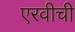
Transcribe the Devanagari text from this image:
एरवीची